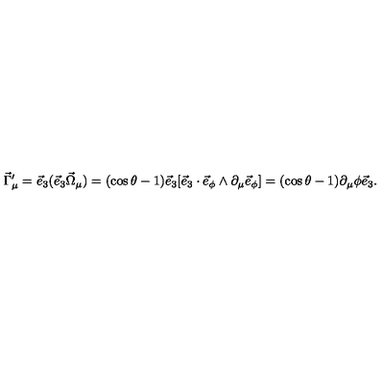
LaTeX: \vec { \Gamma } _ { \mu } ^ { \prime } = \vec { e } _ { 3 } ( \vec { e } _ { 3 } \vec { \Omega } _ { \mu } ) = ( \cos \theta - 1 ) \vec { e } _ { 3 } [ \vec { e } _ { 3 } \cdot \vec { e } _ { \phi } \wedge \partial _ { \mu } \vec { e } _ { \phi } ] = ( \cos \theta - 1 ) \partial _ { \mu } \phi \vec { e } _ { 3 } .